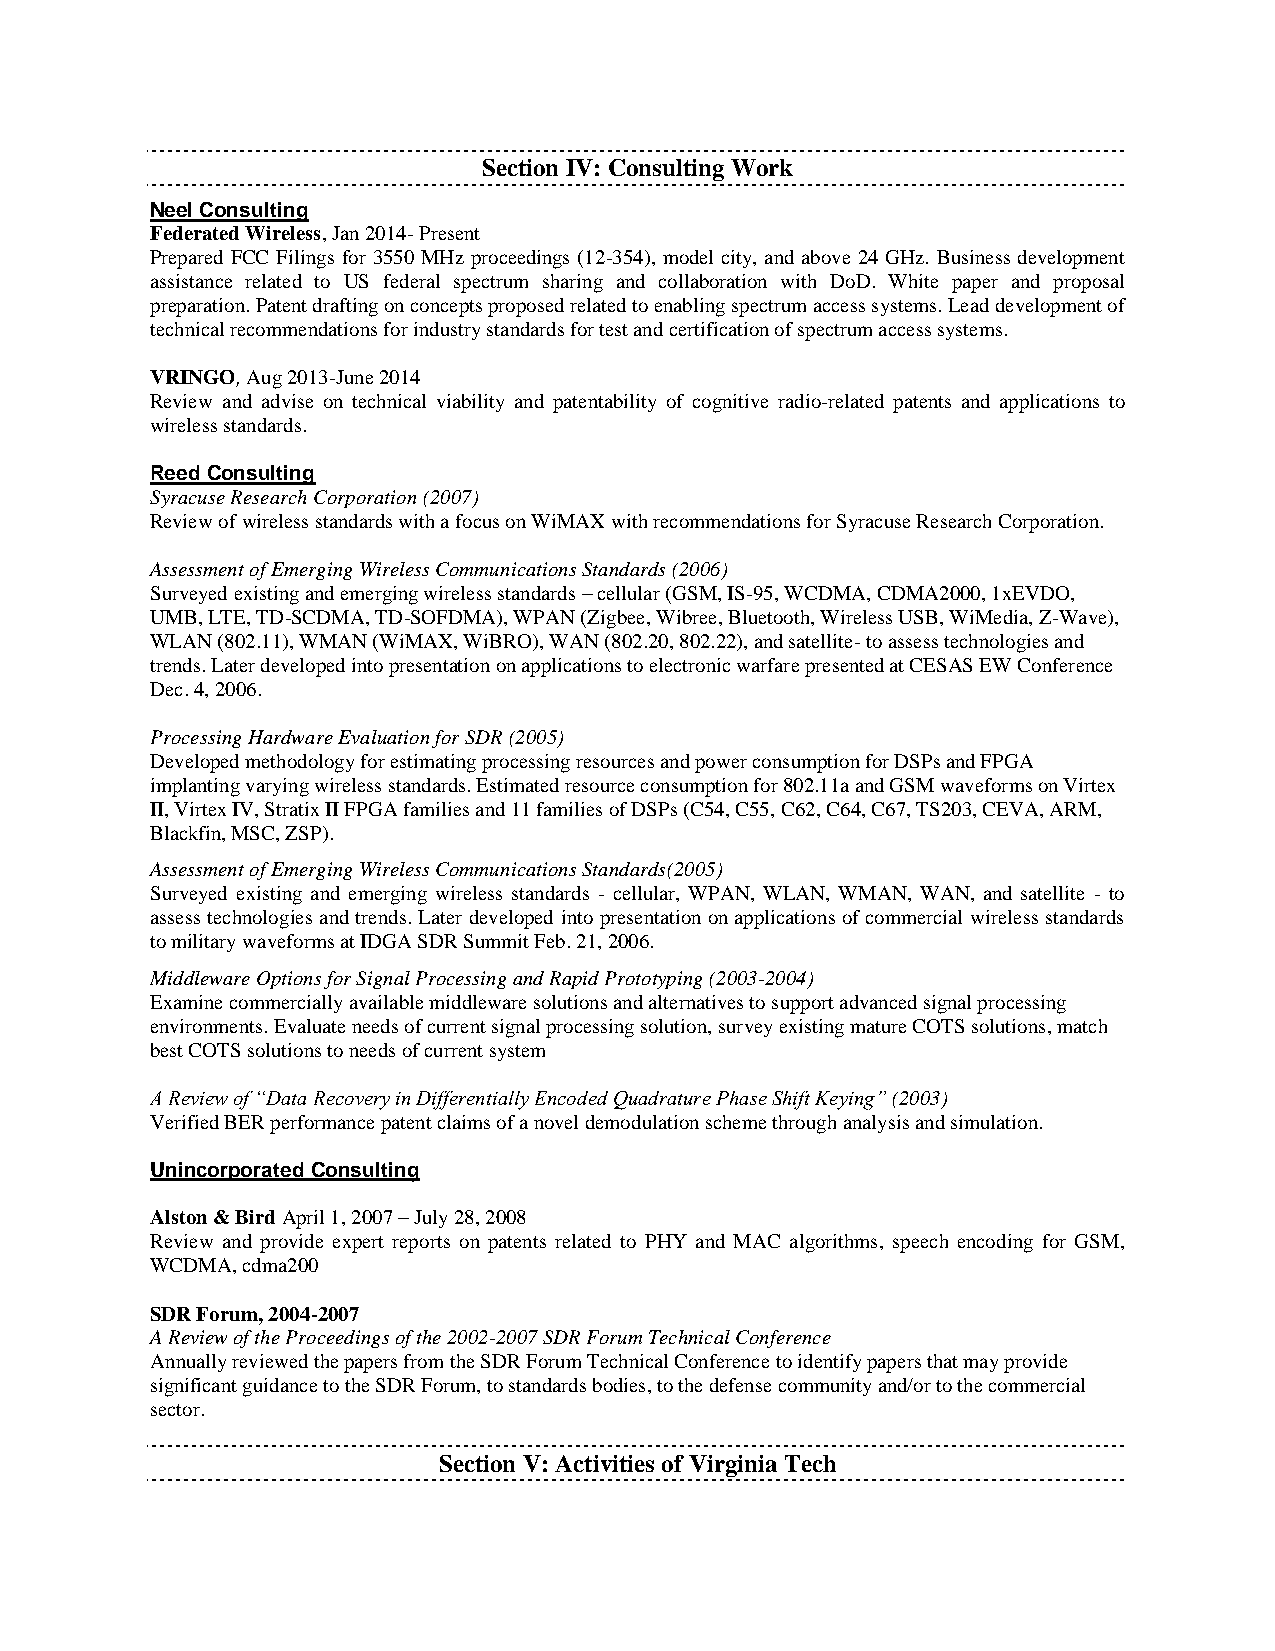
Section IV: Consulting Work
 Neel Consulting
 Federated Wireless, Jan 2014- Present
 Prepared FCC Filings for 3550 MHz proceedings (12-354), model city, and above 24 GHz. Business development
 assistance related to US federal spectrum sharing and collaboration with DoD. White paper and proposal
 preparation. Patent drafting on concepts proposed related to enabling spectrum access systems. Lead development of
 technical recommendations for industry standards for test and certification of spectrum access systems.
 VRINGO, Aug 2013-June 2014
 Review and advise on technical viability and patentability of cognitive radio-related patents and applications to
 wireless standards.
 Reed Consulting
 Syracuse Research Corporation (2007)
 Review of wireless standards with a focus on WiMAX with recommendations for Syracuse Research Corporation.
 Assessment of Emerging Wireless Communications Standards (2006)
 Surveyed existing and emerging wireless standards – cellular (GSM, IS-95, WCDMA, CDMA2000, 1xEVDO,
 UMB, LTE, TD-SCDMA, TD-SOFDMA), WPAN (Zigbee, Wibree, Bluetooth, Wireless USB, WiMedia, Z-Wave),
 WLAN (802.11), WMAN (WiMAX, WiBRO), WAN (802.20, 802.22), and satellite- to assess technologies and
 trends. Later developed into presentation on applications to electronic warfare presented at CESAS EW Conference
 Dec. 4, 2006.
 Processing Hardware Evaluation for SDR (2005)
 Developed methodology for estimating processing resources and power consumption for DSPs and FPGA
 implanting varying wireless standards. Estimated resource consumption for 802.11a and GSM waveforms on Virtex
 II, Virtex IV, Stratix II FPGA families and 11 families of DSPs (C54, C55, C62, C64, C67, TS203, CEVA, ARM,
 Blackfin, MSC, ZSP).
 Assessment of Emerging Wireless Communications Standards(2005)
 Surveyed existing and emerging wireless standards - cellular, WPAN, WLAN, WMAN, WAN, and satellite - to
 assess technologies and trends. Later developed into presentation on applications of commercial wireless standards
 to military waveforms at IDGA SDR Summit Feb. 21, 2006.
 Middleware Options for Signal Processing and Rapid Prototyping (2003-2004)
 Examine commercially available middleware solutions and alternatives to support advanced signal processing
 environments. Evaluate needs of current signal processing solution, survey existing mature COTS solutions, match
 best COTS solutions to needs of current system
 A Review of “Data Recovery in Differentially Encoded Quadrature Phase Shift Keying” (2003)
 Verified BER performance patent claims of a novel demodulation scheme through analysis and simulation.
 Unincorporated Consulting
 Alston & Bird April 1, 2007 – July 28, 2008
 Review and provide expert reports on patents related to PHY and MAC algorithms, speech encoding for GSM,
 WCDMA, cdma200
 SDR Forum, 2004-2007
 A Review of the Proceedings of the 2002-2007 SDR Forum Technical Conference
 Annually reviewed the papers from the SDR Forum Technical Conference to identify papers that may provide
 significant guidance to the SDR Forum, to standards bodies, to the defense community and/or to the commercial
 sector.
 Section V: Activities of Virginia Tech